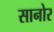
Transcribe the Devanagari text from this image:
सानोर